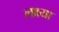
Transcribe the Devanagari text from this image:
लक्ष्‍या